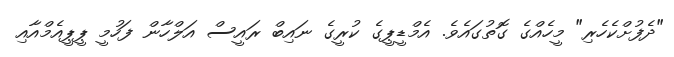
"ދެފުށްކެހެރި" މީހެއްގެ ގޮތުގައެވެ. އެމްޑީޕީގެ ކުރީގެ ނައިބް ރައީސް އަލްހާން ފަހުމީ ޕީޕީއެމްއާއި